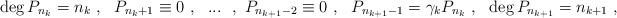
LaTeX: \begin{gather*} \deg P_{n_{k}} = n_{k} \ , \ \ P_{n_{k} +1} \equiv 0 \ , \ \ ... \ \ , \ P_{n_{k+1} -2} \equiv 0 \ , \ \ P_{n_{k+1} -1} = \gamma_{k} P_{n_{k}} \ , \ \ \deg P_{n_{k+1}} = n_{k+1} \ ,\end{gather*}